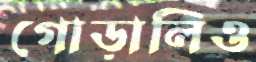
গোড়ালিও